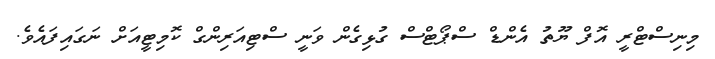
މިނިސްޓްރީ އޮފް ޔޫތު އެންޑް ސްޕޯޓްސް ގުޅިގެން ވަނީ ސްޓިއަރިންގް ކޮމިޓީއަށް ނަގައިފައެވެ.